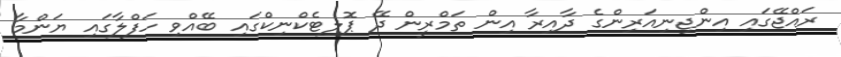
ރައްޖޭގައި އިންޖިނިއަރިންގެ ދާއިރާ އިން ތަމްރީން ދޭ ޕޮލިޓެކްނިކްގައި ބޭއްވި ހަފްލާގައި ޔަންމާ